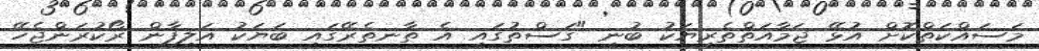
މަސައްކަތްކޮށް އުޅޭ ޖަމާއަތްތެރިޔަކު ބުނީ "ގަސްތުގައި އެ ތާނތެރޭގައި ބަޔަކު އަލިފާން ރޯކުރަންޖެހޭ